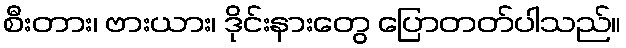
စီးတား၊ ဗားယား၊ ဒိုင်းနားတွေ ပြောတတ်ပါသည်။